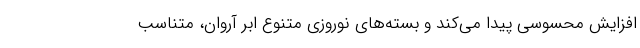
افزایش محسوسی پیدا می‌کند و بسته‌های نوروزی متنوع ابر آروان، متناسب